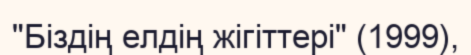
"Біздің елдің жігіттері" (1999),